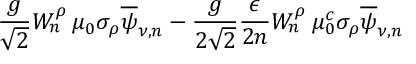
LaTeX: \frac { g } { \sqrt { 2 } } W _ { n } ^ { \rho } \: \mu _ { 0 } \sigma _ { \rho } \overline { { { \psi } } } _ { \nu , n } - \frac { g } { 2 \sqrt { 2 } } \frac { \epsilon } { 2 n } W _ { n } ^ { \rho } \: \mu _ { 0 } ^ { c } \sigma _ { \rho } \overline { { { \psi } } } _ { \nu , n }